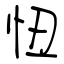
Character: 忸